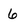
Character: 6